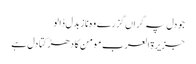
جو دل پہ گراں گزرے وہ ناز بدل ڈالو
جزیرۃ العرب مومن کا دھڑکتا دل ہے